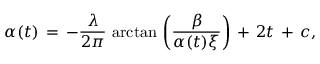
\alpha ( t ) \, = \, - { \frac { \lambda } { 2 \pi } } \, \arctan \, \left( { \frac { \beta } { \alpha ( t ) \xi } } \right) \, + \, 2 t \, + \, c ,